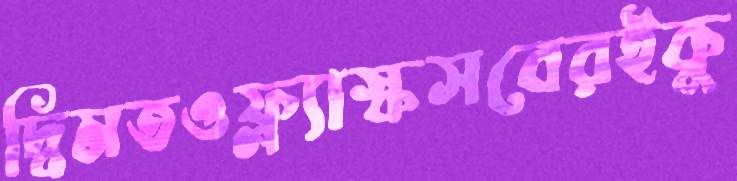
দ্বিমতওফ্ল্যাস্কসবেরইকু